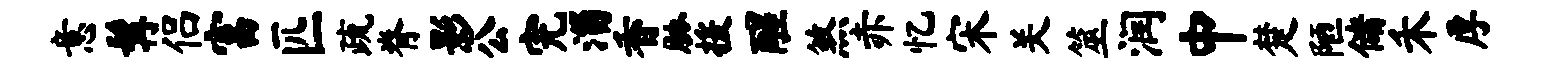
意髯侣富匹疏脊影公完淄香胁援醒煞赤忆宋关筮润中楚陋储禾厚